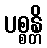
ပစ္စန္တိ